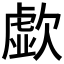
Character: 歔